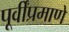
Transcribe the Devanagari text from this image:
पूर्वींप्रमाणें